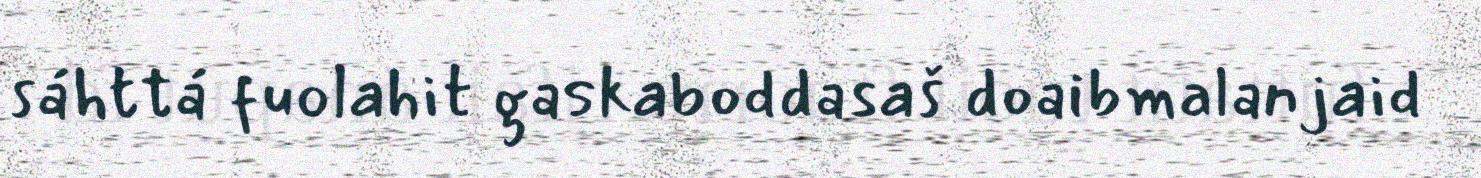
sáhttá fuolahit gaskaboddasaš doaibmalanjaid